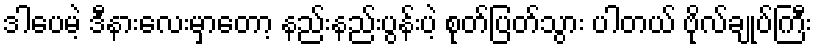
ဒါပေမဲ့ ဒီနားလေးမှာတော့ နည်းနည်းပွန်းပဲ့ စုတ်ပြတ်သွား ပါတယ် ဗိုလ်ချုပ်ကြီး